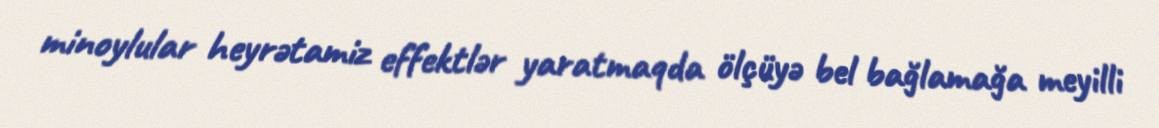
minoylular heyrətamiz effektlər yaratmaqda ölçüyə bel bağlamağa meyilli